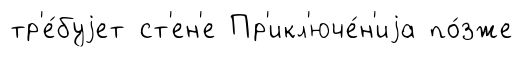
тр'е́буjет ст'ен'е Пр'икл'юче́н'иjа по́зже